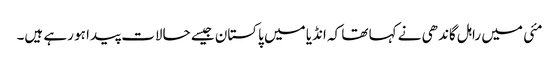
مئی میں راہل گاندھی نے کہا تھا کہ انڈیا میں پاکستان جیسے حالات پیدا ہو رہے ہیں۔